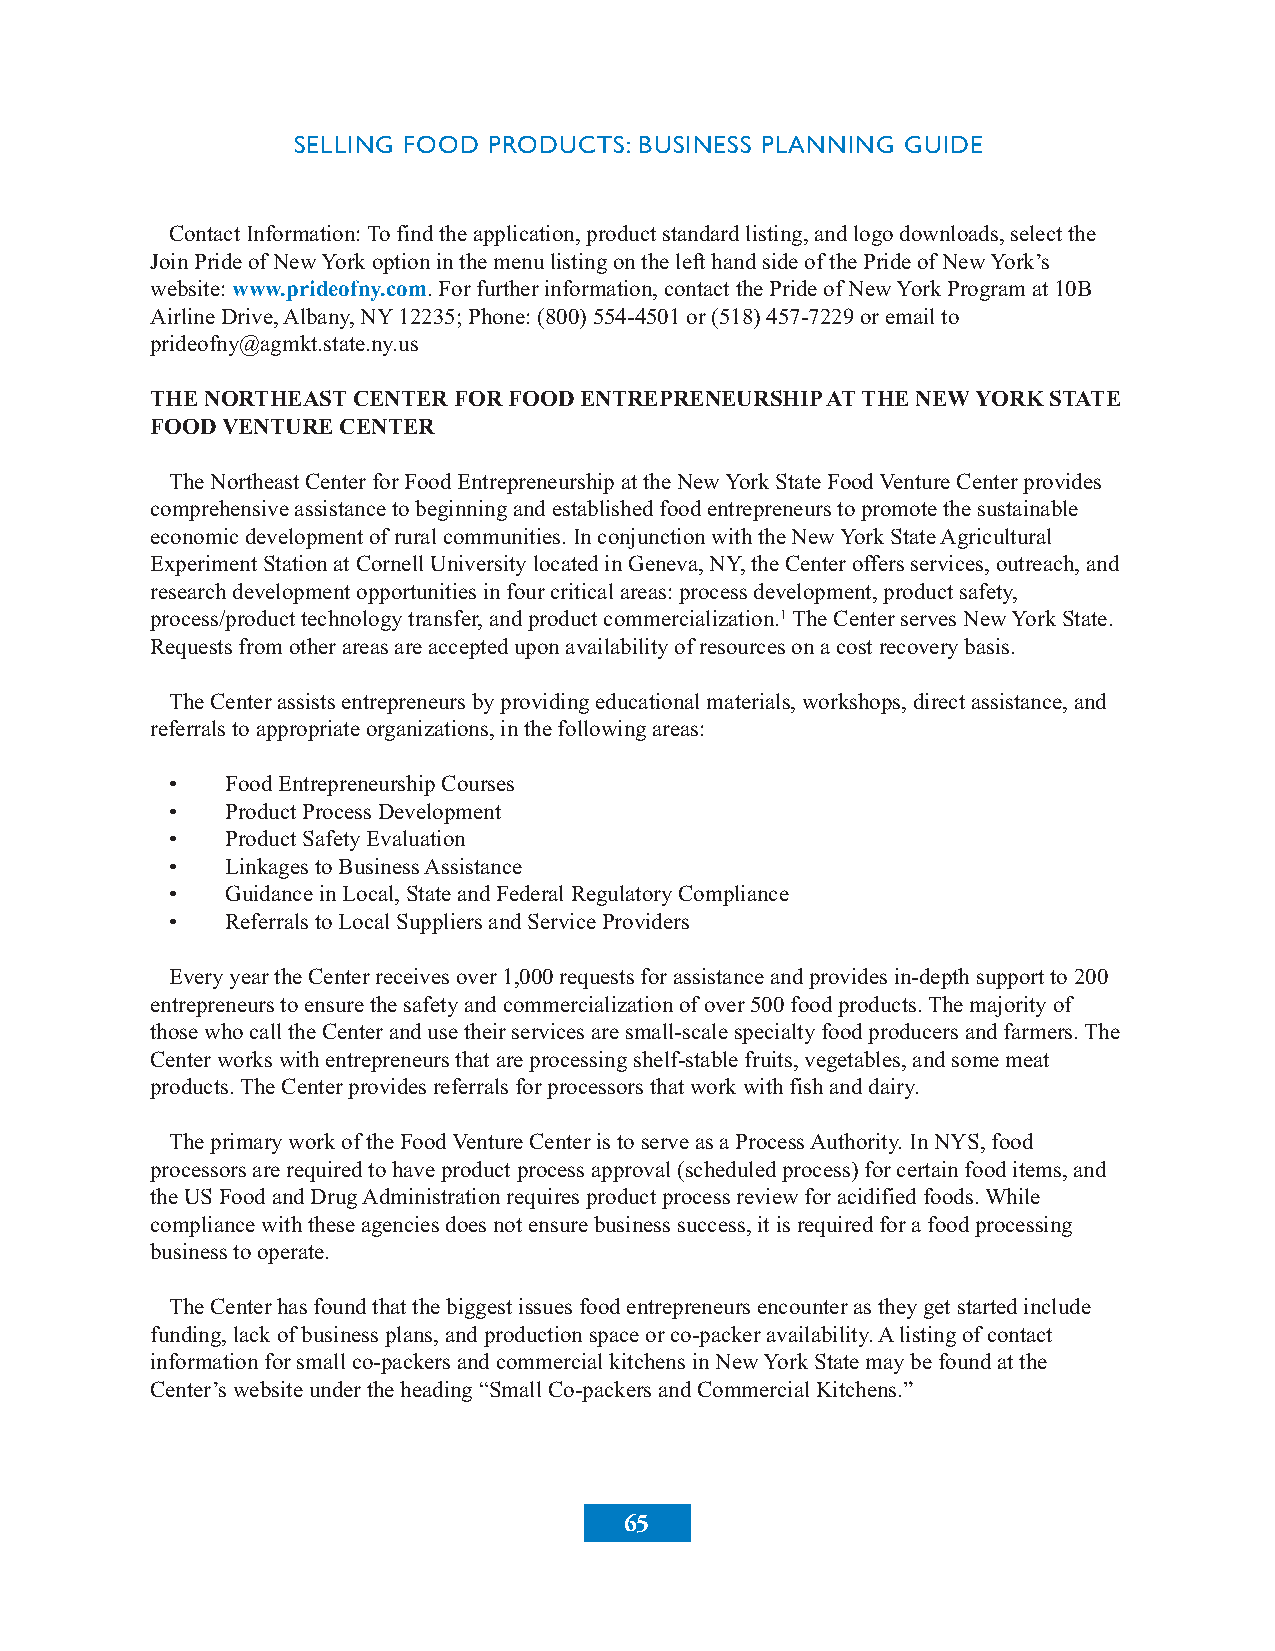
SELLING FOOD PRODUCTS: BUSINESS PLANNING GUIDE
 ContactInformation:Tofindtheapplication,productstandardlisting,andlogodownloads,selectthe
 JoinPrideofNewYorkoptioninthemenulistingonthelefthandsideofthePrideofNewYork’s
 website:www.prideofny.com.Forfurtherinformation,contactthePrideofNewYorkProgramat10B
 AirlineDrive,Albany,NY12235;Phone:(800)554-4501or(518)457-7229oremailto
 prideofny@agmkt.state.ny.us
 THENORTHEASTCENTERFORFOODENTREPRENEURSHIPATTHENEWYORKSTATE
 FOODVENTURECENTER
 TheNortheastCenterforFoodEntrepreneurshipattheNewYorkStateFoodVentureCenterprovides
 comprehensiveassistancetobeginningandestablishedfoodentrepreneurstopromotethesustainable
 economicdevelopmentofruralcommunities.InconjunctionwiththeNewYorkStateAgricultural
 ExperimentStationatCornellUniversitylocatedinGeneva,NY,theCenteroffersservices,outreach,and
 researchdevelopmentopportunitiesinfourcriticalareas:processdevelopment,productsafety,
 process/producttechnologytransfer,andproductcommercialization.1TheCenterservesNewYorkState.
 Requestsfromotherareasareaccepteduponavailabilityofresourcesonacostrecoverybasis.
 TheCenterassistsentrepreneursbyprovidingeducationalmaterials,workshops,directassistance,and
 referralstoappropriateorganizations,inthefollowingareas:
 •   FoodEntrepreneurshipCourses
 •   ProductProcessDevelopment
 •   ProductSafetyEvaluation
 •   LinkagestoBusinessAssistance
 •   GuidanceinLocal,StateandFederalRegulatoryCompliance
 •   ReferralstoLocalSuppliersandServiceProviders
 EveryyeartheCenterreceivesover1,000requestsforassistanceandprovidesin-depthsupportto200
 entrepreneurstoensurethesafetyandcommercializationofover500foodproducts.Themajorityof
 thosewhocalltheCenterandusetheirservicesaresmall-scalespecialtyfoodproducersandfarmers.The
 Centerworkswithentrepreneursthatareprocessingshelf-stablefruits,vegetables,andsomemeat
 products.TheCenterprovidesreferralsforprocessorsthatworkwithfishanddairy.
 TheprimaryworkoftheFoodVentureCenteristoserveasaProcessAuthority.InNYS,food
 processorsarerequiredtohaveproductprocessapproval(scheduledprocess)forcertainfooditems,and
 theUSFoodandDrugAdministrationrequiresproductprocessreviewforacidifiedfoods.While
 compliancewiththeseagenciesdoesnotensurebusinesssuccess,itisrequiredforafoodprocessing
 businesstooperate.
 TheCenterhasfoundthatthebiggestissuesfoodentrepreneursencounterastheygetstartedinclude
 funding,lackofbusinessplans,andproductionspaceorco-packeravailability.Alistingofcontact
 informationforsmallco-packersandcommercialkitchensinNewYorkStatemaybefoundatthe
 Center’swebsiteundertheheading“SmallCo-packersandCommercialKitchens.”
 65